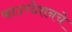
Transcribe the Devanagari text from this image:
फाउण्डेशनचे